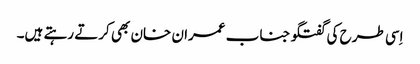
اِسی طرح کی گفتگو جناب عمران خان بھی کرتے رہتے ہیں۔